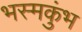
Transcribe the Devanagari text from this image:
भस्मकुंभ